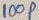
Text: 100P